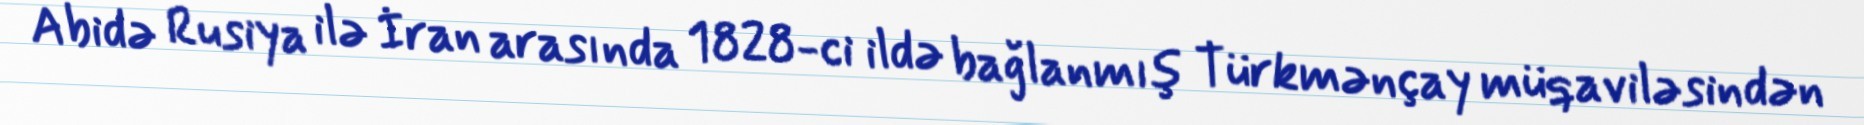
Abidə Rusiya ilə İran arasında 1828-ci ildə bağlanmış Türkmənçay müqaviləsindən